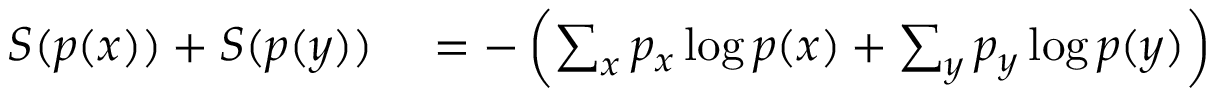
\begin{array} { r l } { S ( p ( x ) ) + S ( p ( y ) ) } & { { } = - \left( \sum _ { x } p _ { x } \log p ( x ) + \sum _ { y } p _ { y } \log p ( y ) \right) } \end{array}